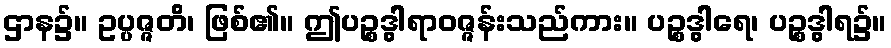
ဌာန၌။ ဥပ္ပဇ္ဇတိ၊ ဖြစ်၏။ ဤပဉ္စဒွါရာဝဇ္ဇန်းသည်ကား။ ပဉ္စဒွါရေ၊ ပဉ္စဒွါရ၌။